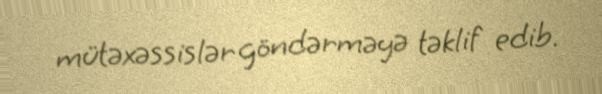
mütəxəssislər göndərməyə təklif edib.